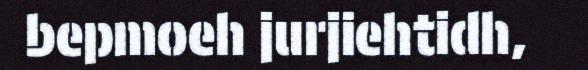
bepmoeh jurjiehtidh,